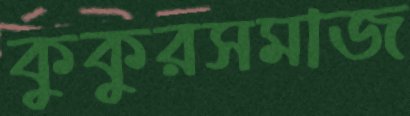
কুকুরসমাজ